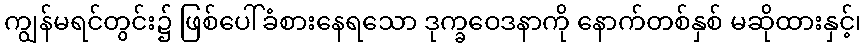
ကျွန်မရင်တွင်း၌ ဖြစ်ပေါ်ခံစားနေရသော ဒုက္ခဝေဒနာကို နောက်တစ်နှစ် မဆိုထားနှင့်၊